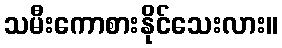
သမီးကောစားနိုင်သေးလား။